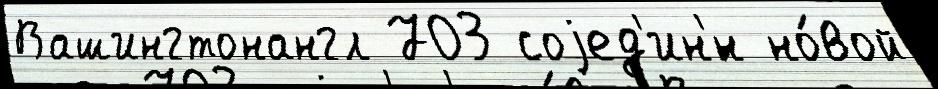
Вашингтонангл 703 соjед'ин'́н но́вой